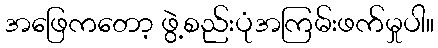
အဖြေကတော့ ဖွဲ့စည်းပုံအကြမ်းဖက်မှုပါ။